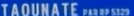
"TAOUNATE